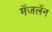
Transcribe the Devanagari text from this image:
मॅजलॅन